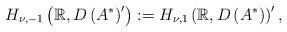
LaTeX: \begin{align*}H_{\nu,-1}\left(\mathbb{R},D\left(A^{*}\right)^{\prime}\right):=H_{\nu,1}\left(\mathbb{R},D\left(A^{*}\right)\right)^{\prime},\end{align*}